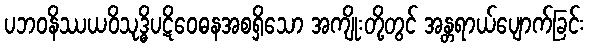
ပဘဝနိဿယဝိသုဒ္ဓိပဋိဝေဓနအစရှိသော အကျိုးတို့တွင် အန္တရာယ်ပျောက်ခြင်း